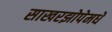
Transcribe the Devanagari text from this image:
साखरझोपेमधे